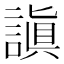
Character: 謓